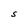
Character: S